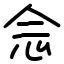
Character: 𫝹